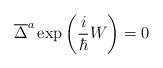
LaTeX: \begin{align*}\overline{\Delta }^a\exp \left( \frac i\hbar W\right) =0\end{align*}